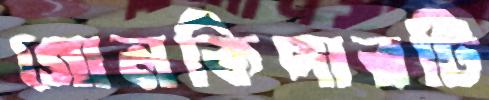
গোলকিপারটি